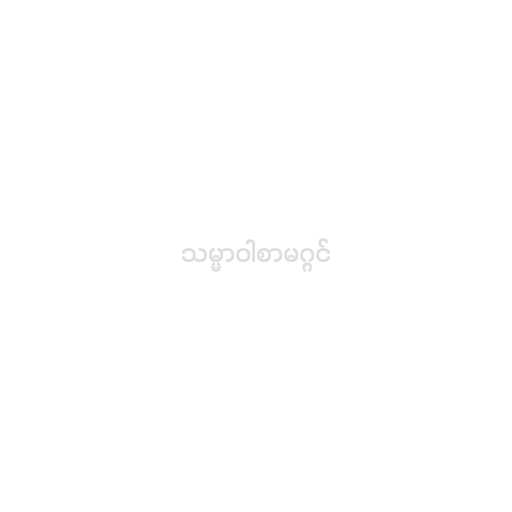
သမ္မာဝါစာမဂ္ဂင်